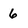
Character: 6